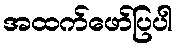
အထက်ဖော်ပြပါ